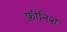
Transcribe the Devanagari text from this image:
फ़ीनिश